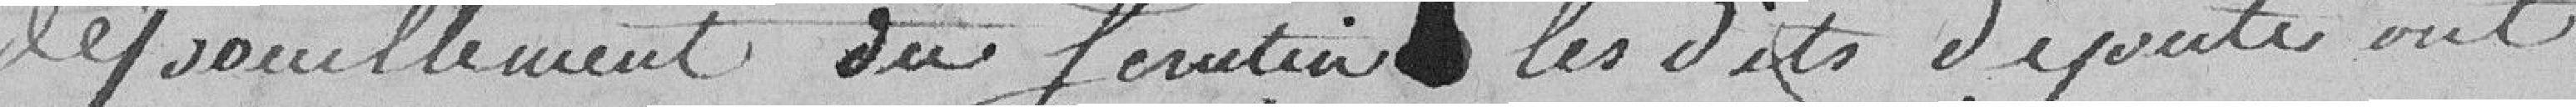
dépouillement du scrutin, les dits députés ont